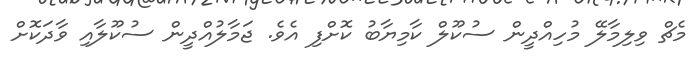
މެޗް ވިލިމާލޭ މުހިއްދީން ސުކޫލް ކާމިޔާބު ކޮށްފި އެވެ. ޖަމާލުއްދީން ސުކޫލާއި ވާދަކޮށް